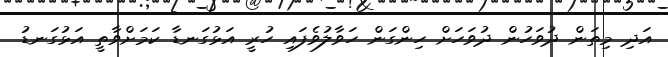
އަދި މިތަން ދުވަހުން ދުވަހަށް ހިންގަން ހަވާލުވެފައި ހުރީ އަޅުގަނޑާ ކަމަށްވާތީ އަޅުގަނޑު